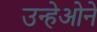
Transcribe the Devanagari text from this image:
उन्हेओने